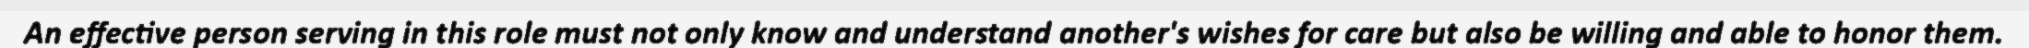
An effective person serving in this role must not only know and understand another's wishes for care but also be willing and able to honor them.